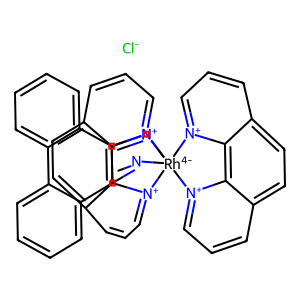
SMILES: [Cl-].c1ccc2c(c1)c1c(c3ccccc32)=N[Rh-4]23(N=1)([n+]1cccc4ccc5ccc[n+]2c5c41)[n+]1cccc2ccc4ccc[n+]3c4c21
Inhibits HIV replication: No